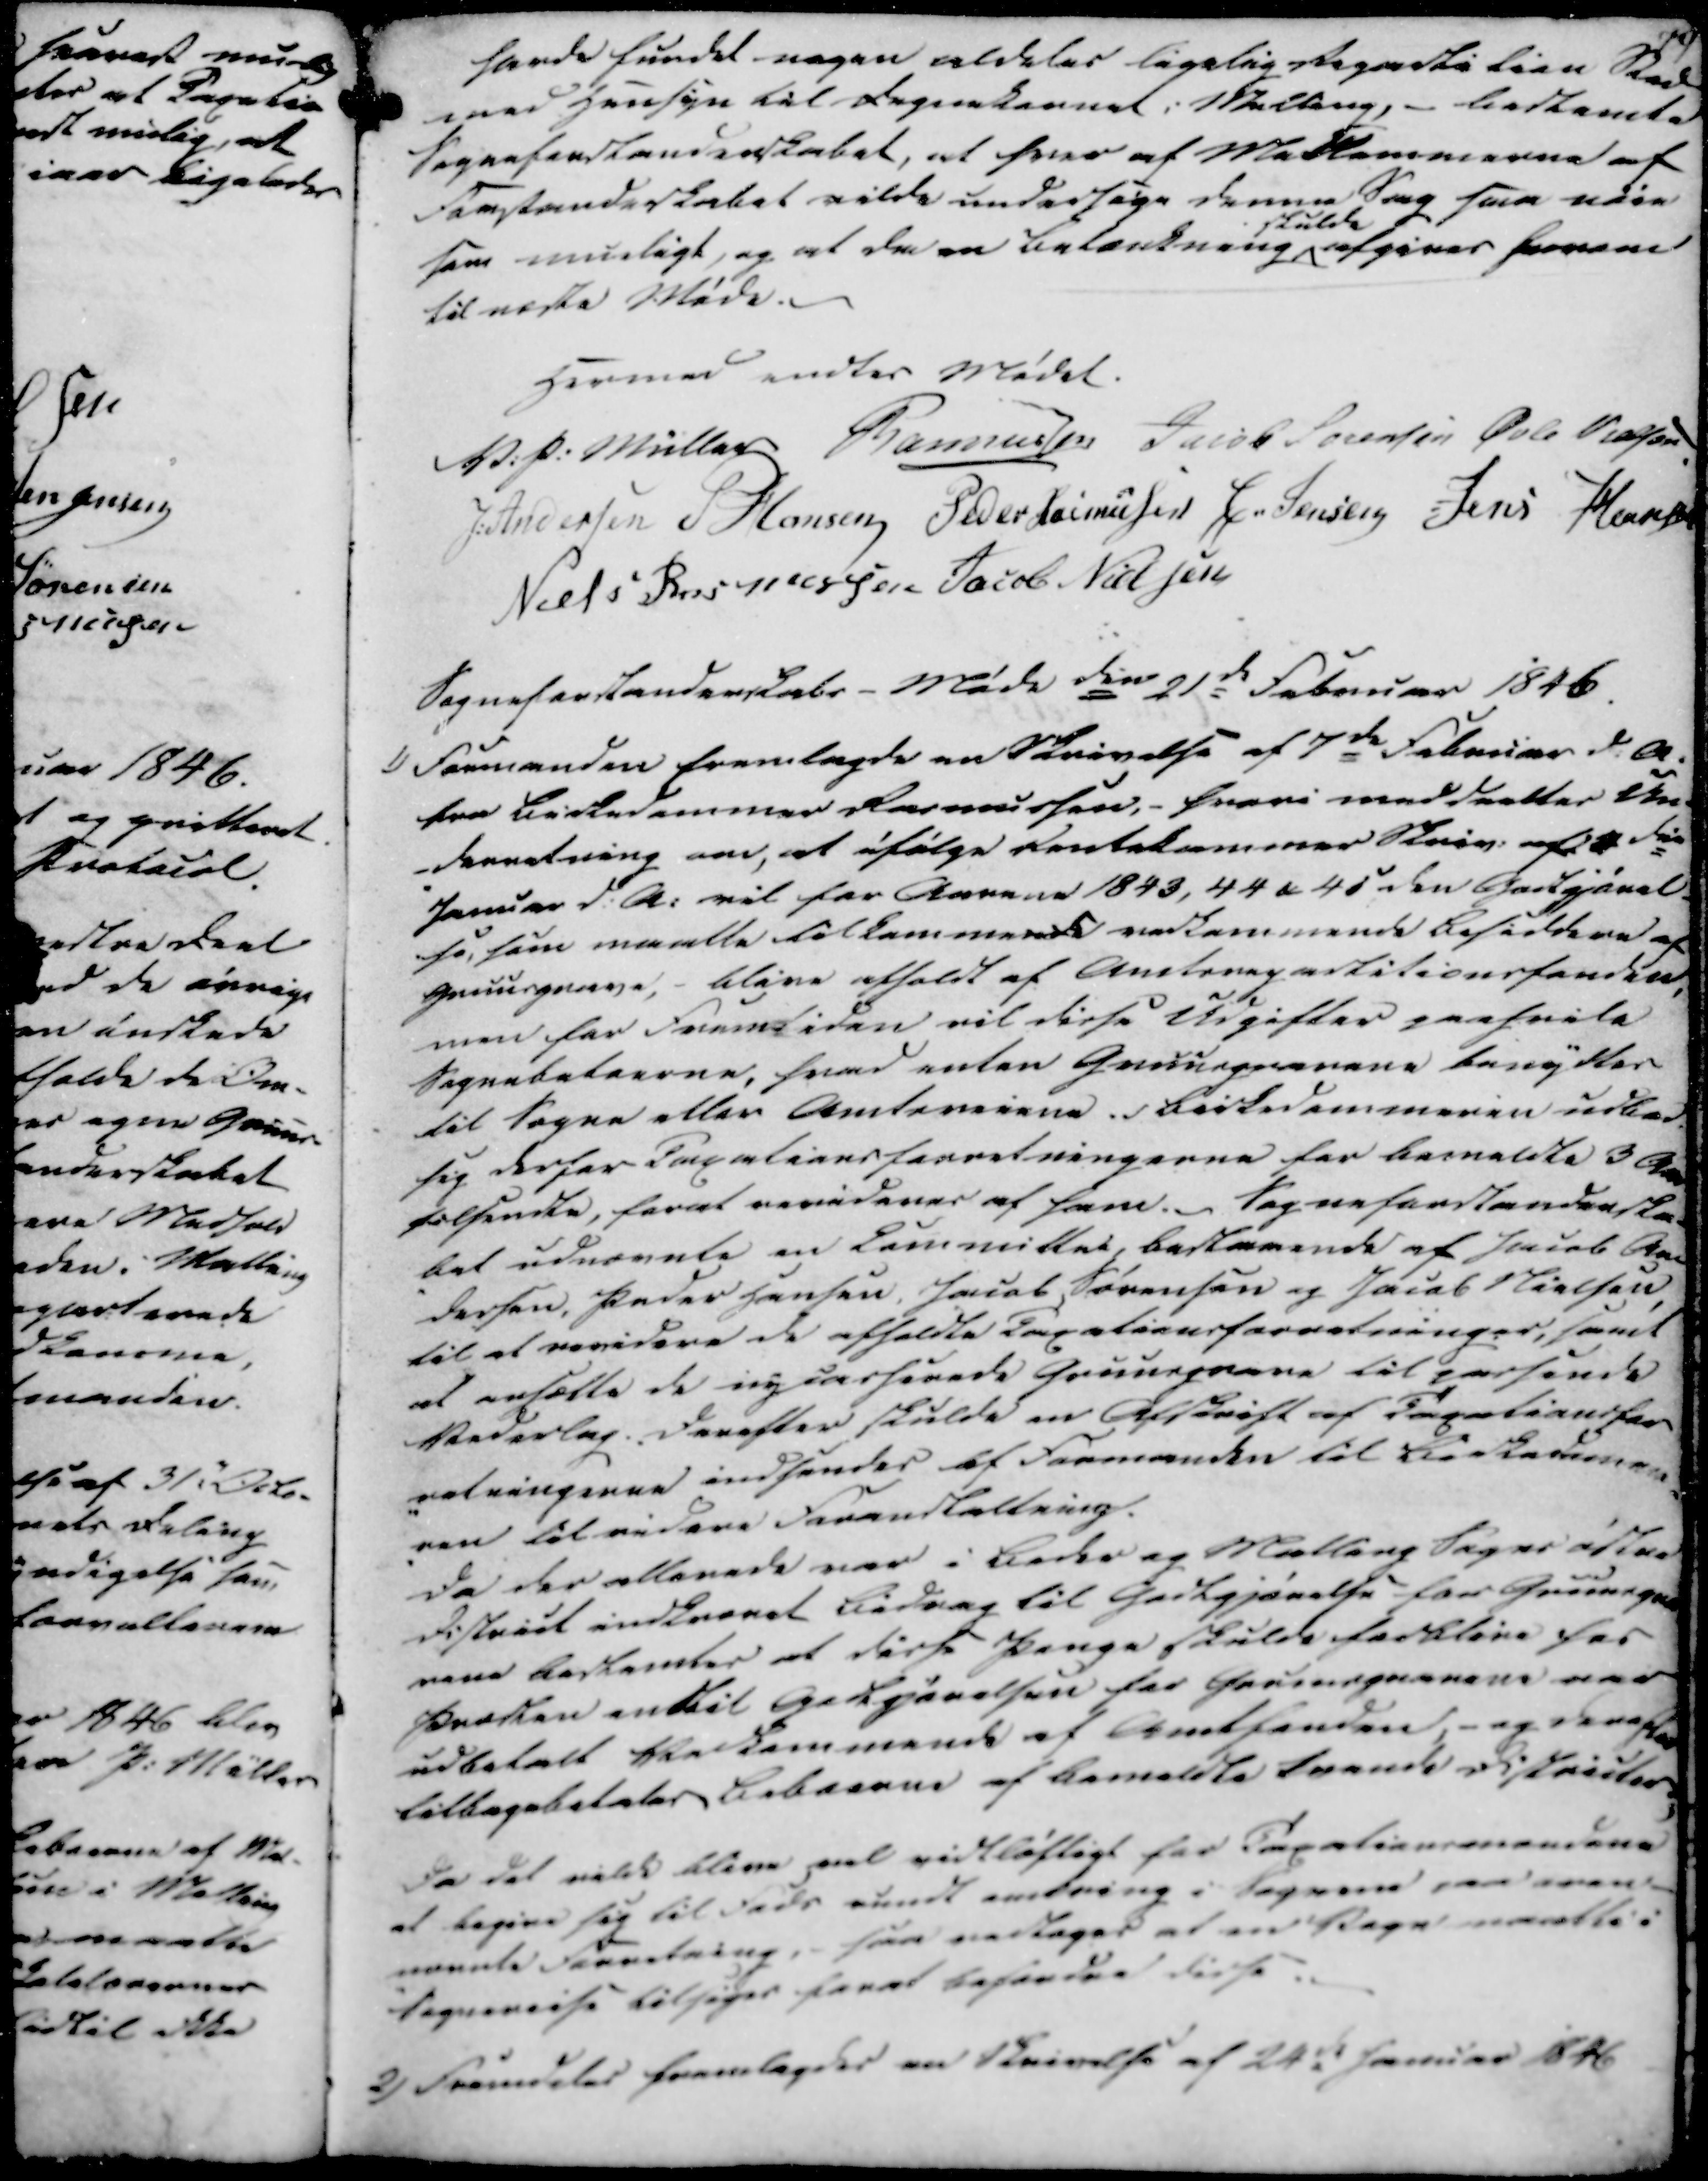
Transskription:
havde fundet nogen aldeles ligelig Repartition Sted
med Hensyn til Sognekornet i Malling, - bestemte
Sogneforstanderskabet, at hver af Medlemmerne af
Forstanderskabet vilde undersøge denne Sag saa nøie
som mueligt, og at da en betænkning skulde afgives herom
til næste Møde.

Hermed endtes Mødet.

V. P. Müller
Rasmussen
Jacob Sørensen
Øvle Nielsen
J. Andersen
P Hansen
Peder Rasmussen
C. Jensen
Jens Hansen
Niels Rasmussen
Jacob Nielsen

Sogneforstanderskabs-Møde den 21de Februar 1846.

1)

Formanden fremlagde en Skrivelse af 7de Februar d.A.
fra Birkedommer Rasmussen,- hvori meddeeltes Un-
-derretning om, at ifølge Rentekammer Skriv. af die
Januar d.A. vil for Aarene 1843, 44 & 45 den Godtgørel-
se, som maatte tilkommende vedkommende Besiddere af
Gruusgrave, - blive afholdt af Amtsrepartitionsfonden,
men for Fremtiden vil disse Udgifter paahvile
Sognebeboerne, hvad enten Gruusgravene benyttes
til Sogne eller Amtsveiene. Birkedommeren udbad
sig derfor Taxationsforretningerne for bemeldte 3 Aar
tilsendte, forat revideres af ham. Sogneforstanderska-
-bet udnævnte en Committet, bestaaende af Jacob An
dersen, Peder Hansen, Jacob Sørensen og Jacob Nielsen,
til at revidere de afholdte Taxationsforretninger, samt
at ansætte de nycasserede Gruusgrave til passende
Vederlag. Derefter skulde en Afskrift af Taxationsfor
-retningerne indsendes af Formanden til Birkommer-
-ren til videre Foranstaltning.
Da der allerede var i Beder og Malling Sogns østre
District indkrævet Bidrag til Godtgjørelse for Gruusgra
vene bestemtes at disse Penge skulde forblive hos
Præsten endtil Godtgjørelsen for Gruusgravene var
udbetalt Vedkommende af Amtsenden, - og derefter
tilbagebetales Beboerne af bemeldte tvende Districter.

Da det vilde blive pael vidtløftigt for Taxationsmændene
at begive sig til Fods rundt omkring i Sognene paa oven-
-nævnte Forretning, saa vedtoges at en Stegn maatte i
Sognereise tilsiges forat befordre disse.

2)

Fremdeles fremlagdes en Skrivelse af 24de Januar 1846